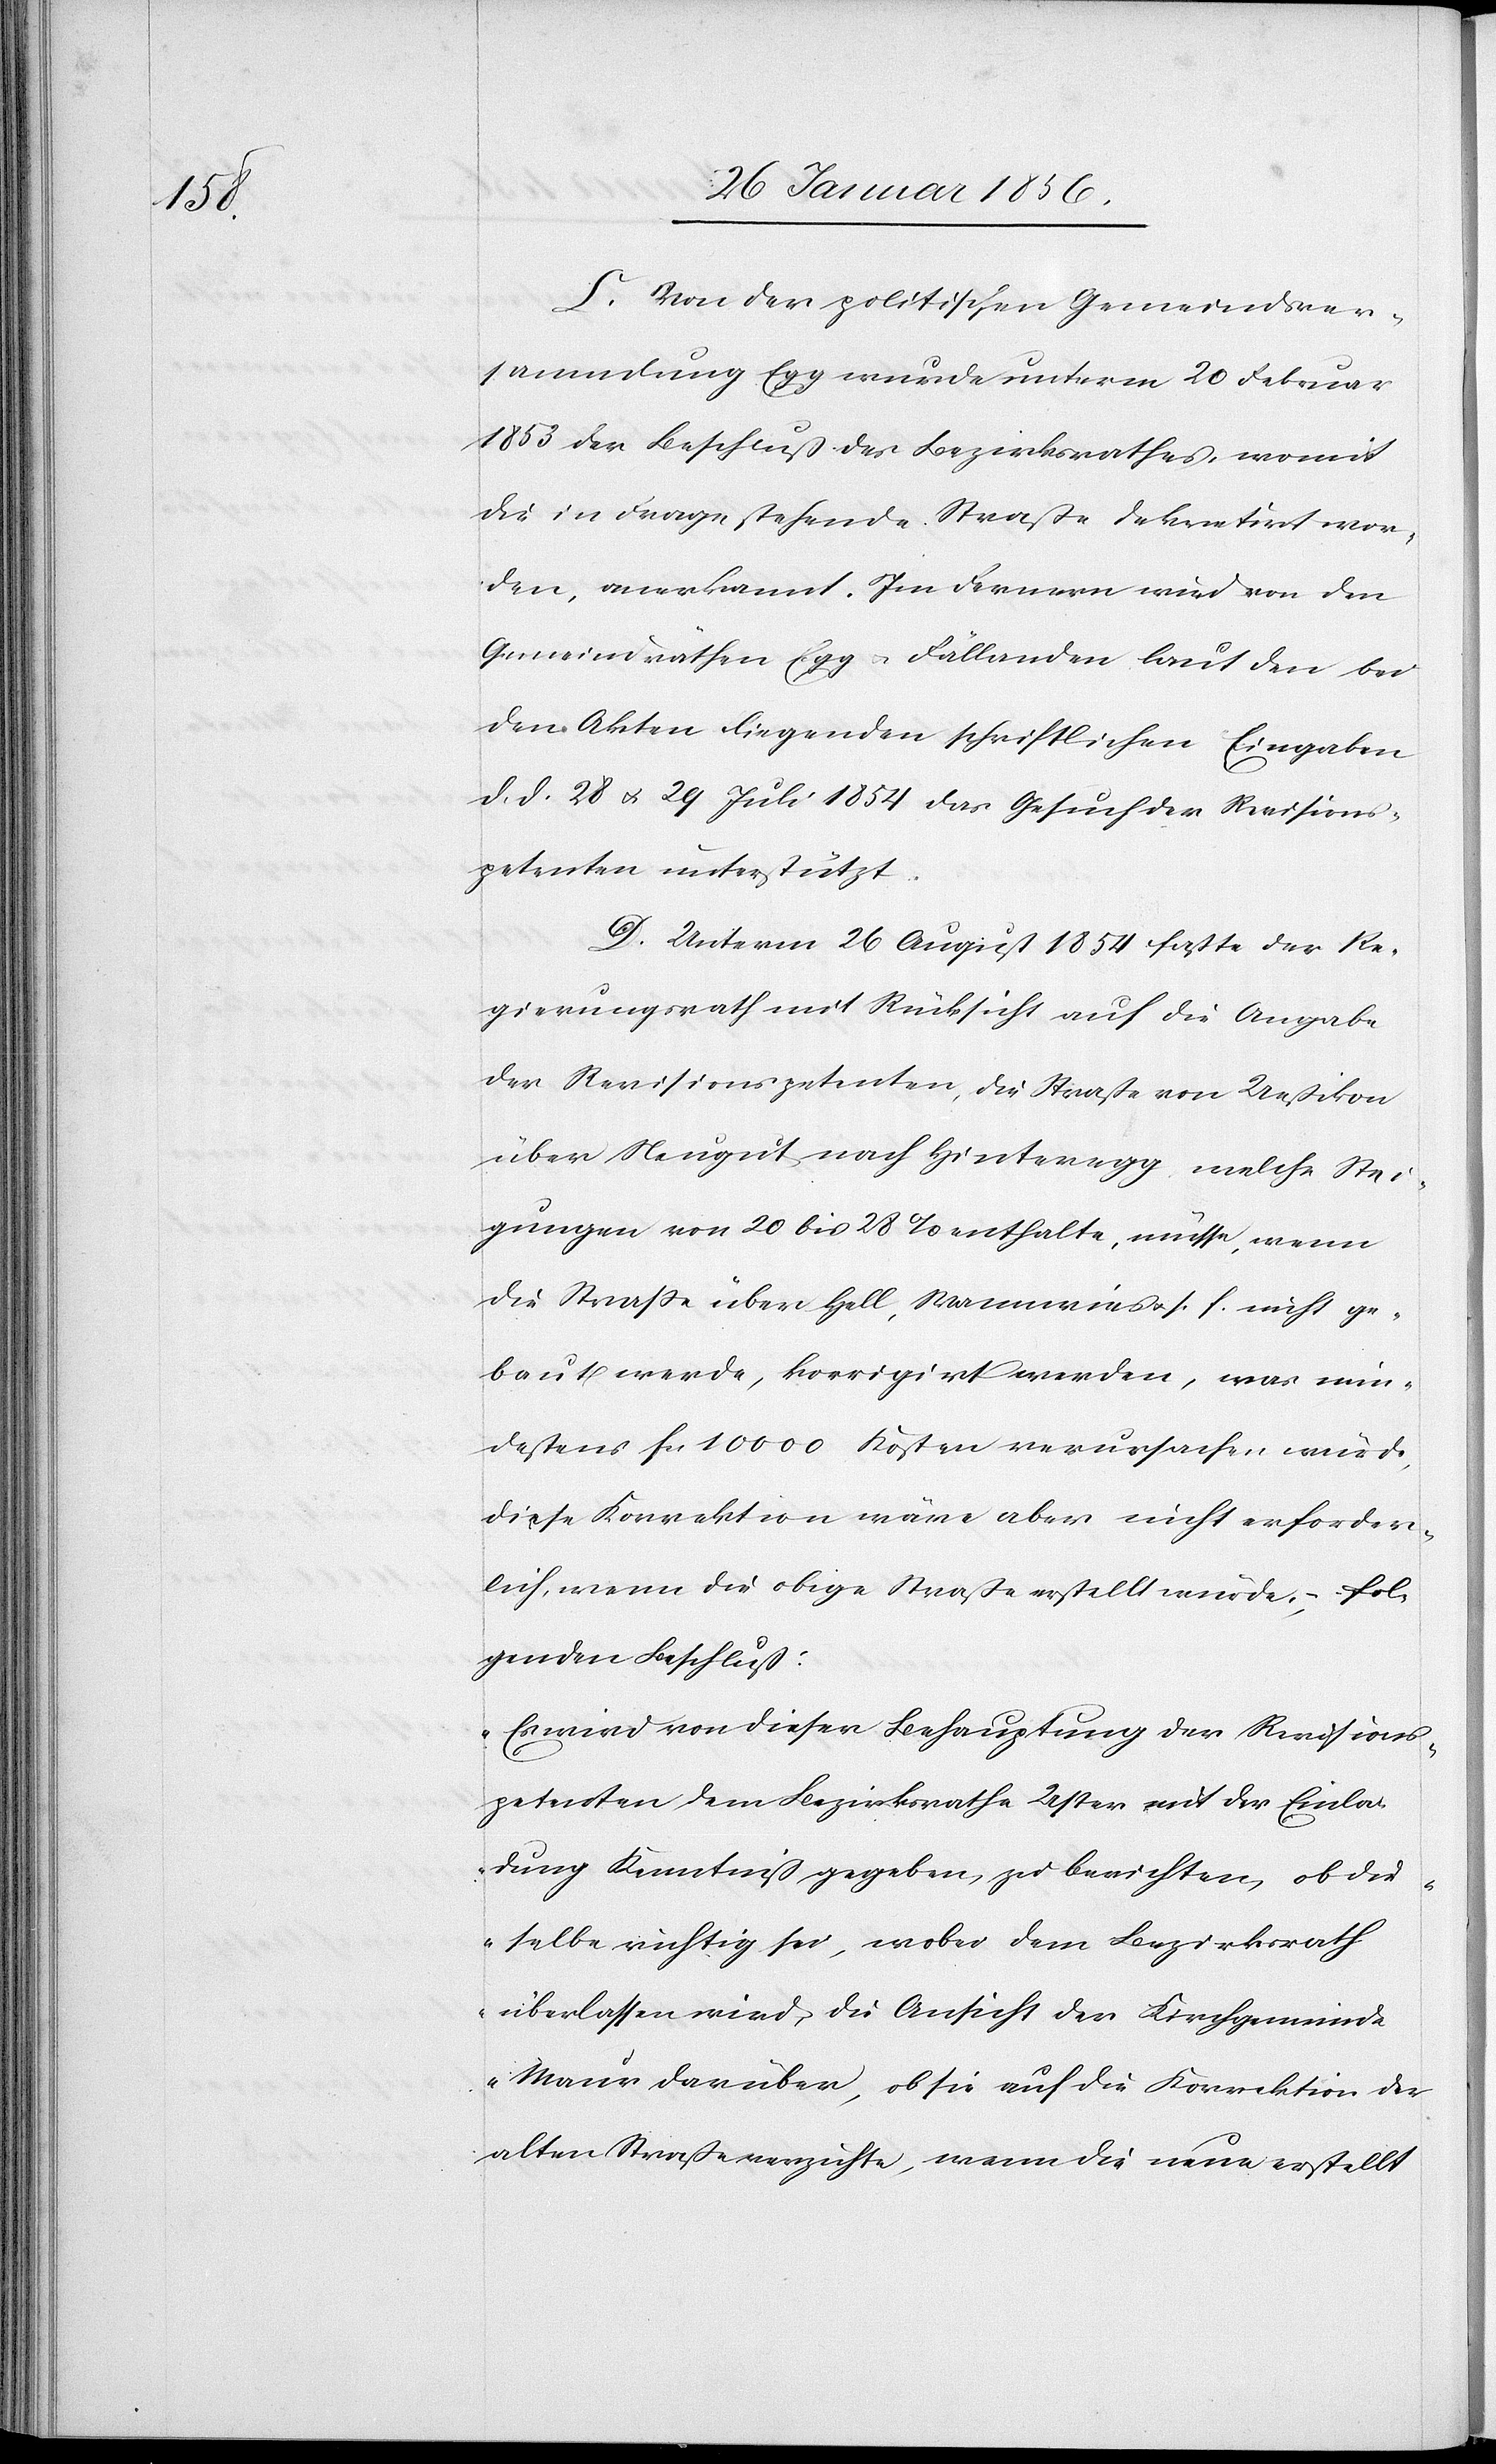
C. Von der politischen Gemeindsver¬
sammlung Egg wurde unterm 20 Februar
1853 der Beschluß des Bezirksrathes, womit
die in Frage stehende Straße dekretirt wor¬
den, anerkannt. Im Fernern wird von den
Gemeindräthen Egg u. Fällanden laut den bei
den Akten liegenden schriftlichen Eingaben
d. d. 28 u. 29. Juli 1854 das Gesuch der Revisions¬
petenten unterstützt.
D. Unterm 26 August 1854 faßte der Re¬
gierungsrath mit Rücksicht auf die Angabe
der Revisionspetenten, die Straße von Ueßikon
über Neugut nach Hinteregg, welche Stei¬
gungen von 20 bis 28% enthalte, müsse, wenn
die Straße über Hell, Wannwies u. s. f. nicht ge¬
baut werde, korrigirt werden, was min¬
destens fa 10 000 Kosten verursachen würde,
diese Korrektion wäre aber nicht erforder¬
lich, wenn die obige Straße erstellt würde, – fol¬
genden Beschluß:
„Es wird von dieser Behauptung der Revisions¬
petenten dem Bezirksrathe Uster mit der Einla¬
dung Kenntniß gegeben, zu berichten, ob die¬
selbe richtig sei, wobei dem Bezirksrath
überlassen wird, die Ansicht der Kirchgemeinde
Maur darüber, ob sie auf die Korrektion der
alten Straße verzichte, wenn die neue erstellt